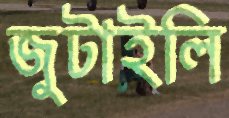
জুটাইলি